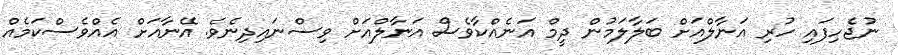
ނުޖެހިފައި ހުރި އަނާލްއަށް ބަލާލަމުން ދީމް އަނެއްކާވެސް އަނާލްއަށް ވިސްނައިދިނެވެ. އޭނާއަށް އެއްވެސްކަމެއް